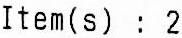
ITEM(S) : 2